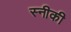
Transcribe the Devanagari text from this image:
स्नीकी